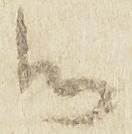
御